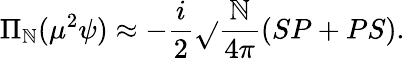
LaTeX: \Pi_{\mathbb{N}}(\mu^{2}\psi)\approx-\frac{{i}}{{2}}\sqrt{}{{\frac{{\mathbb{N}}}{{4\pi}}}}(SP+PS).